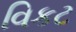
વિકટ